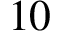
1 0